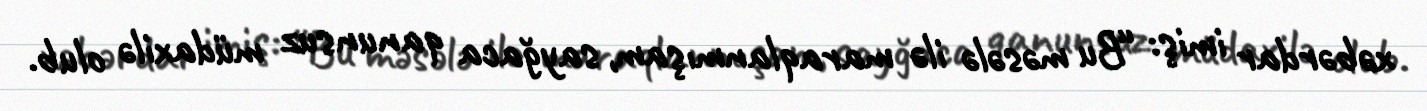
xəbərdar imiş: “Bu məsələ ilə maraqlanmışam, sayğaca qanunsuz müdaxilə olub.